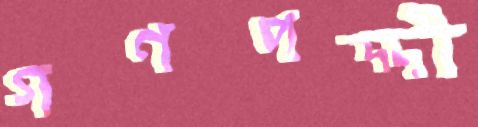
গণপদ্দী